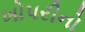
ખોપરીનો